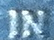
IN